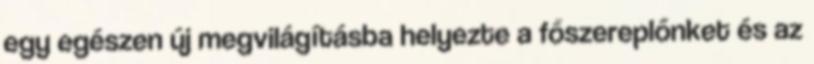
egy egészen új megvilágításba helyezte a főszereplőnket és az